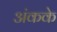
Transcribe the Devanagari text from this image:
अंकके